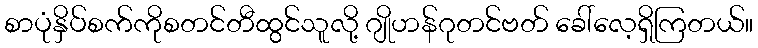
စာပုံနှိပ်စက်ကိုစတင်တီထွင်သူလို့ ဂျိုဟန်ဂုတင်ဗတ် ခေါ်လေ့ရှိကြတယ်။